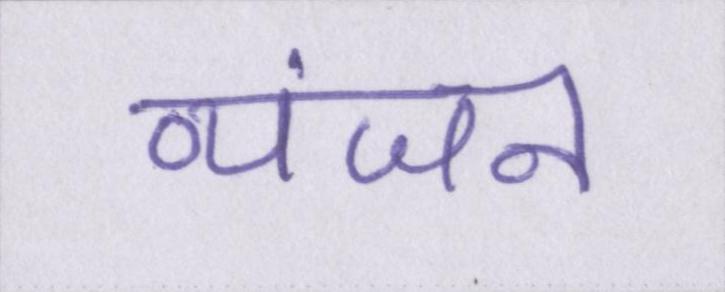
व्यंजन